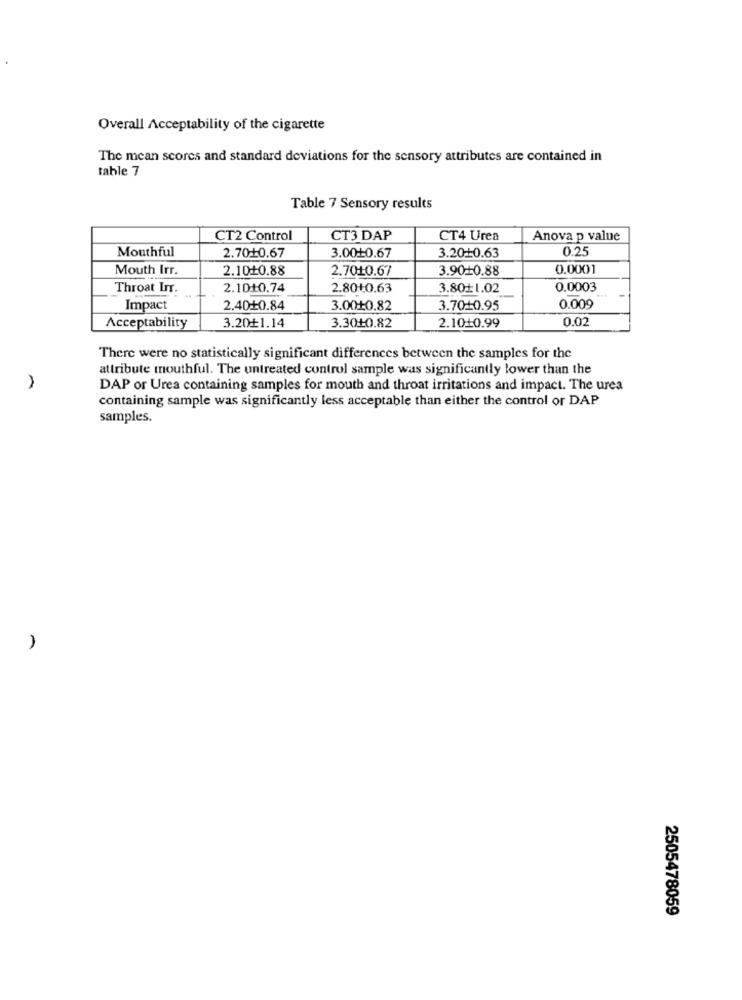
Overall Acceptability of the cigarette
The mean scores and standard deviations for the sensory attributes are contained in
table 7
Table 7 Sensory results
CT2 Control
CT3 DAP
CT4 Urea
Anova p value
Mouthful
2.70+0.67
3.2010.63
0.25
3.00+0.67
Mouth Irr.
2.10₺0.88
2.7010.67
3.9010.88
0.0001
Throat Irr.
2.10+0.74
2.80+0.63
3.80+1.02
0.0003
Impact
2.40+0.84
3.00+0.82
3.7010.95
0.009
0.02
Acceptability
3.20+1.14
3.30+0.82
2.1010.99
There were no statistically significant differences between the samples for the
attribute mouthful. The untreated control sample was significantly lower than the
DAP or Urea containing samples for mouth and throat irritations and impact. The urea
containing sample was significantly less acceptable than either the control or DAP
samples.
2505478059